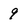
Character: 9